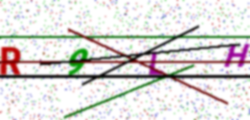
Text: R9LH